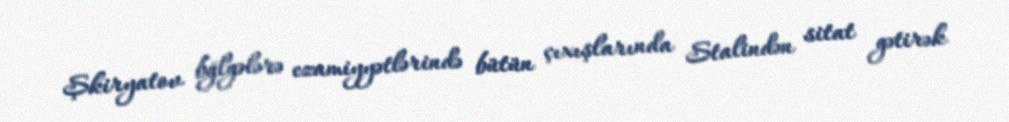
Şkiryatov bğlgələrə ezamiyyətlərində bütün çıxışlarında Stalindən sitat gətirək